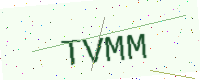
Text: TVMM